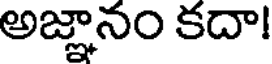
అజ్ఞానం కదా!